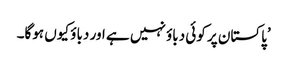
’پاکستان پر کوئی دباؤ نہیں ہے اور دباؤ کیوں ہوگا۔